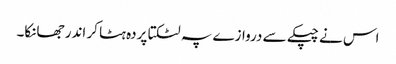
اس نے چپکے سے دروازے پہ لٹکتا پردہ ہٹا کر اندر جھانکا۔